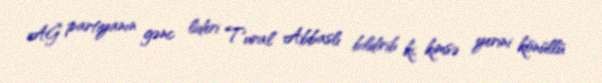
AĞ partiyanın gənc lideri Tural Abbaslı bildirib ki, kimsə yerini könüllü